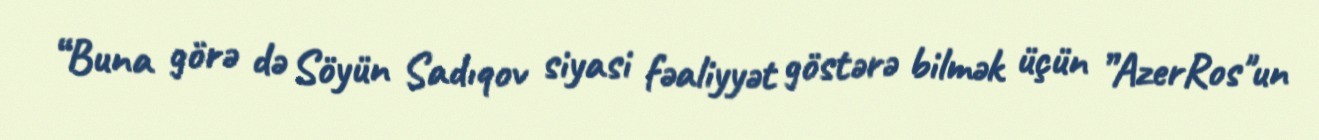
“Buna görə də Söyün Sadıqov siyasi fəaliyyət göstərə bilmək üçün ”AzerRos"un